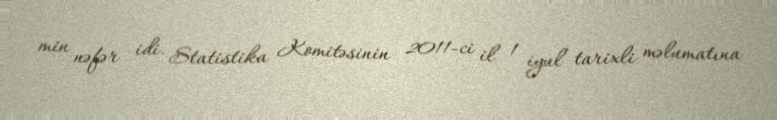
min nəfər idi. Statistika Komitəsinin 2011-ci il 1 iyul tarixli məlumatına